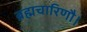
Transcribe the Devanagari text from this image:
ब्रह्मचारिणौ।